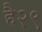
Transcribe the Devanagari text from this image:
है२९